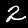
Label: 2